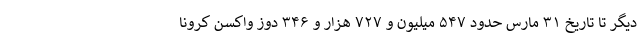
دیگر تا تاریخ ۳۱ مارس حدود ۵۴۷ میلیون و ۷۲۷ هزار و ۳۴۶ دوز واکسن کرونا